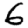
Digit: 6